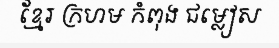
ខ្មែរ ក្រហម កំពុង ជម្លៀស